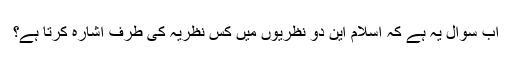
اب سوال یہ ہے کہ اسلام این دو نظریوں میں کس نظریہ کی طرف اشارہ کرتا ہے؟